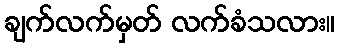
ချက်လက်မှတ် လက်ခံသလား။